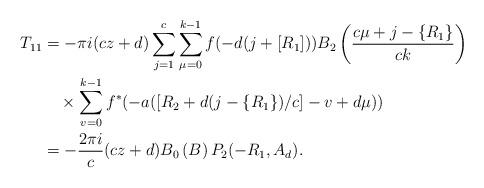
LaTeX: \begin{align*}T_{11} & =-\pi i(cz+d)\sum\limits_{j=1}^{c}\sum\limits_{\mu=0}^{k-1}f(-d(j+\left[ R_{1}\right] ))B_{2}\left( \frac{c\mu+j-\left\{ R_{1}\right\}}{ck}\right) \\& \quad\times\sum\limits_{v=0}^{k-1}f^{\ast}(-a(\left[ R_{2}+d(j-\left\{R_{1}\right\} )/c\right] -v+d\mu))\\& =-\frac{2\pi i}{c}(cz+d)B_{0}\left( B\right) P_{2}(-R_{1},A_{d}).\end{align*}